Annual administration report of the Civil Veterinary Department of India - 1899-1900
Year: 1899
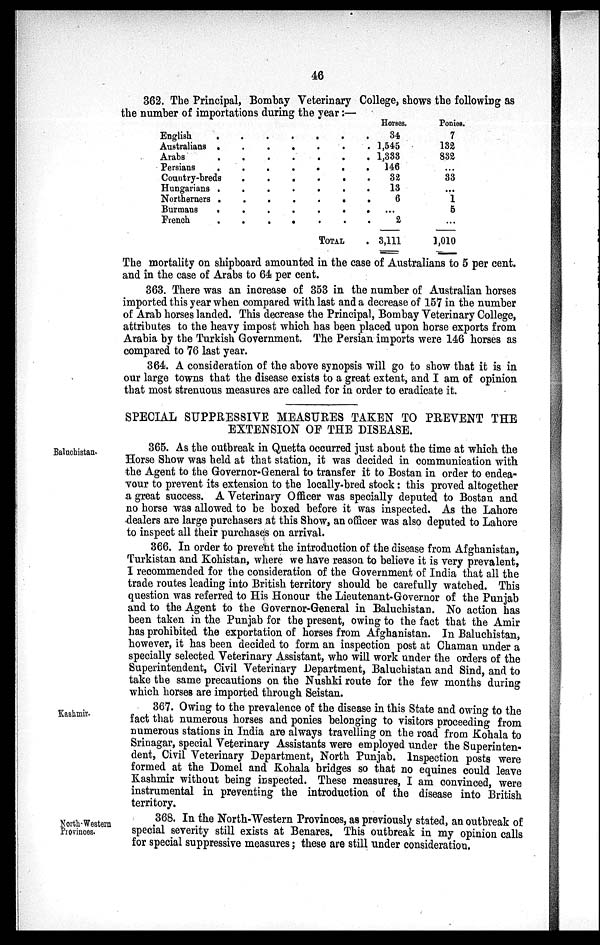
46
362. The Principal, Bombay Veterinary College, shows the following as
the number of importations during the year:—
English
.
.
.
.
.
. . . . .
Australians .
.
.
.
.
.
. .
Arabs
.
.
.
.
.
.
. .
Persians
.
.
.
.
.
.
. .
Country-breds
.
.
.
. . . . .
Hungarians .
.
.
.
.
.
. .
Northerners .
.
.
.
. . . .
Burmans
.
.
.
.
.
.
.
French
.
.
.
.
.
.
.
TOTAL .
Horses.
34
1,545
1,333
146
32
13
6
...
2
3,111
Ponies.
7
132
832
...
33
...
1
5
...
1,010
The mortality on shipboard amounted in the case of Australians to 5 per cent.
and in the case of Arabs to 64 per cent.
363. There was an increase of 353 in the number of Australian horses
imported this year when compared with last and a decrease of 157 in the number
of Arab horses landed. This decrease the Principal, Bombay Veterinary College,
attributes to the heavy impost which has been placed upon horse exports from
Arabia by the Turkish Government. The Persian imports were 146 horses as
compared to 76 last year.
364. A consideration of the above synopsis will go to show that it is in
our large towns that the disease exists to a great extent, and I am of opinion
that most strenuous measures are called for in order to eradicate it.
SPECIAL SUPPRESSIVE MEASURES TAKEN TO PREVENT THE
EXTENSION OF THE DISEASE.
Baluchistan.
365. As the outbreak in Quetta occurred just about the time at which the
Horse Show was held at that station, it was decided in communication with
the Agent to the Governor-General to transfer it to Bostan in order to endea-
vour to prevent its extension to the locally-bred stock : this proved altogether
a great success. A Veterinary Officer was specially deputed to Bostan and
no horse was allowed to be boxed before it was inspected. As the Lahore
dealers are large purchasers at this Show, an officer was also deputed to Lahore
to inspect all their purchases on arrival.
366. In order to prevent the introduction of the disease from Afghanistan,
Turkistan and Kohistan, where we have reason to believe it is very prevalent,
I recommended for the consideration of the Government of India that all the
trade routes leading into British territory should be carefully watched. This
question was referred to His Honour the Lieutenant-Governor of the Punjab
and to the Agent to the Governor-General in Baluchistan. No action has
been taken in the Punjab for the present, owing to the fact that the Amir
has prohibited the exportation of horses from Afghanistan. In Baluchistan,
however, it has been decided to form an inspection post at Chaman under a
specially selected Veterinary Assistant, who will work under the orders of the
Superintendent, Civil Veterinary Department, Baluchistan and Sind, and to
take the same precautions on the Nushki route for the few months during
which horses are imported through Seistan.
Kashmir.
367. Owing to the prevalence of the disease in this State and owing to the
fact that numerous horses and ponies belonging to visitors proceeding from
numerous stations in India are always travelling on the road from Kohala to
Srinagar, special Veterinary Assistants were employed under the Superinten-
dent, Civil Veterinary Department, North Punjab. Inspection posts were
formed at the Domel and Kohala bridges so that no equines could leave
Kashmir without being inspected. These measures, I am convinced, were
instrumental in preventing the introduction of the disease into British
territory.
North-Western
Provinces.
368. In the North-Western Provinces, as previously stated, an outbreak of
special severity still exists at Benares. This outbreak in my opinion calls
for special suppressive measures; these are still under consideration.